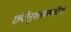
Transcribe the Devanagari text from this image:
छंदोनुशासनातील